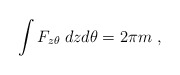
\begin{align*}\int F_{z\theta}\;dzd\theta =2\pi m\ ,\end{align*}